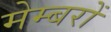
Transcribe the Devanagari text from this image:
मेम्बरों